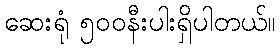
ဆေးရုံ ၅၀၀နီးပါးရှိပါတယ်။